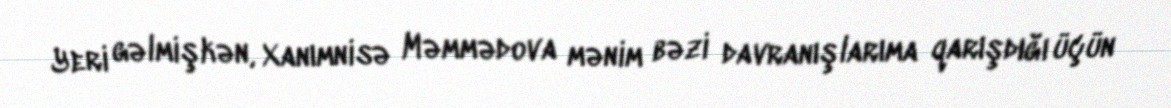
Yeri gəlmişkən, Xanımnisə Məmmədova mənim bəzi davranışlarıma qarışdığı üçün